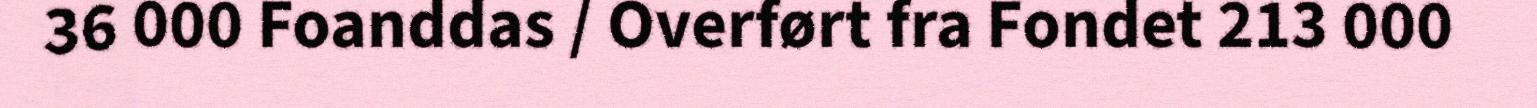
36 000 Foanddas / Overført fra Fondet 213 000